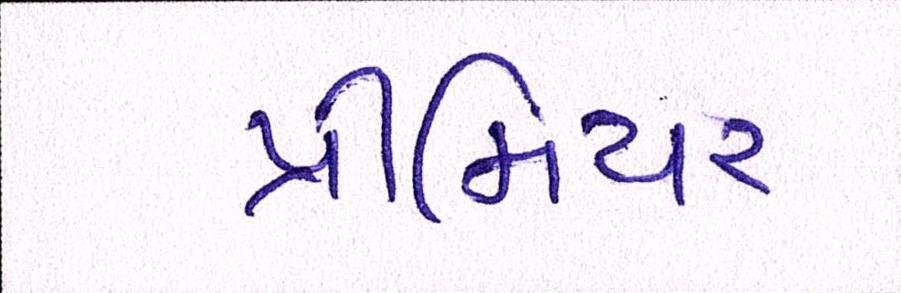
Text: પ્રીમિયર